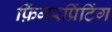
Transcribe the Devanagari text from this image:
फ़िंगरप्रिंटिंग